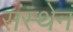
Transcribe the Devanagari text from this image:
संस्थेनं